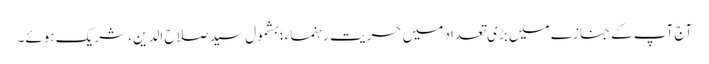
آج آپ کے جنازے میں بڑی تعداد میں حریت رہنماء؛ بشمول سید صلاح الدین، شریک ہوئے۔